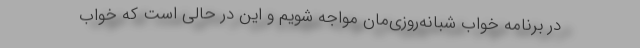
در برنامه خواب شبانه‌روزی‌مان مواجه شویم و این در حالی است که خواب